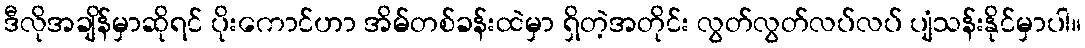
ဒီလိုအချိန်မှာဆိုရင် ပိုးကောင်ဟာ အိမ်တစ်ခန်းထဲမှာ ရှိတဲ့အတိုင်း လွတ်လွတ်လပ်လပ် ပျံသန်းနိုင်မှာပါ။